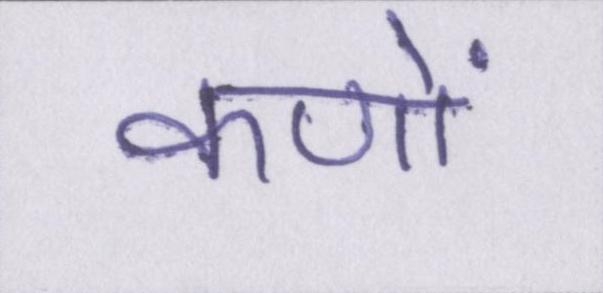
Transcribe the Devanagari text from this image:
कणों